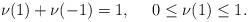
LaTeX: \begin{align*} \nu(1)+\nu(-1)=1, \ \ \ \ 0\leq\nu(1)\leq1.\end{align*}